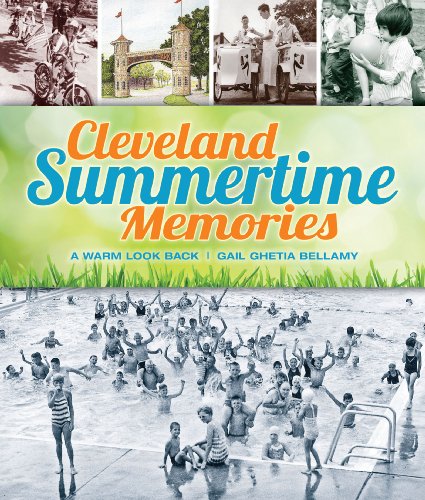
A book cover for Cleveland Summertime Memories: A Fond Look Back; Gail Ghetia Bellamy; Travel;